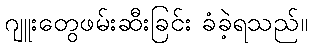
ဂျူးတွေဖမ်းဆီးခြင်း ခံခဲ့ရသည်။